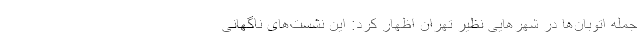
جمله اتوبان‌ها در شهرهایی نظیر تهران اظهار کرد: این نشست‌های ناگهانی